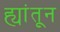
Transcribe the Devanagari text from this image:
ह्यांतून